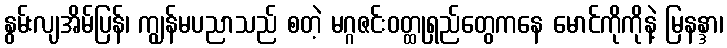
နွမ်းလျအိမ်ပြန်၊ ကျွန်မပညာသည် စတဲ့ မဂ္ဂဇင်းဝတ္ထုရှည်တွေကနေ မောင်ကိုကိုနဲ့ မြနန္ဒာ၊